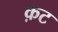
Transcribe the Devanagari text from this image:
क़ट